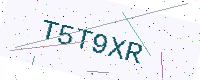
Text: T5T9XR